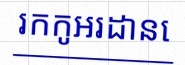
រកកូអរដោនេ